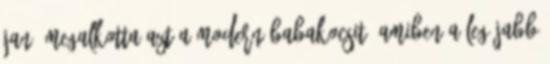
Jané megalkotta azt a modern babakocsit, amiben a legújabb